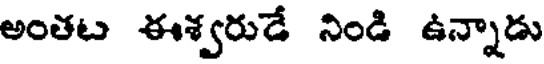
అంతట ఈశ్వరుడే నిండి ఉన్నాడు